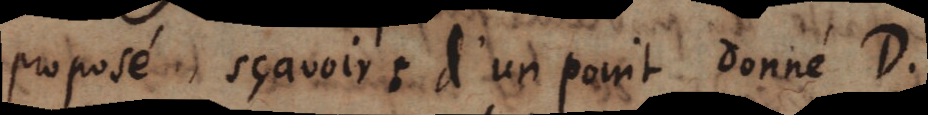
proposé sçavoir, d’un point donné D.